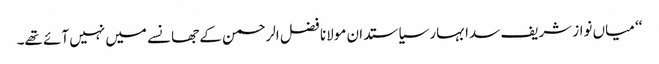
‘‘ میاں نواز شریف سدا بہار سیاستدان مولانا فضل الرحمن کے جھانسے میں نہیں آئے تھے۔